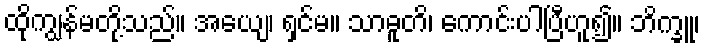
ထိုကျွန်မတို့သည်။ အယျေ၊ ရှင်မ။ သာဓူတိ၊ ကောင်းပါပြီဟူ၍။ ဘိက္ခူ၊